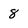
Character: 8